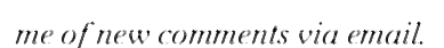
me of new comments via email.